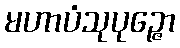
မဟာပံသုပုဉ္ဇော